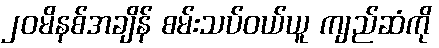
၂၀မိနစ်အချိန် စမ်းသပ်ဝယ်ယူ ကျည်ဆံကို